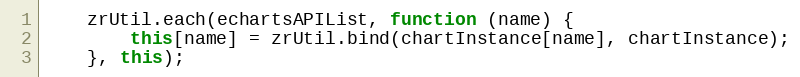
Language: JavaScript
    zrUtil.each(echartsAPIList, function (name) {
        this[name] = zrUtil.bind(chartInstance[name], chartInstance);
    }, this);